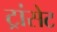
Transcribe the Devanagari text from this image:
ट्रांसेट